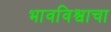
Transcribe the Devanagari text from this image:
भावविश्वाचा